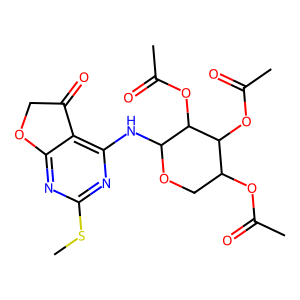
SMILES: CSc1nc(NC2OCC(OC(C)=O)C(OC(C)=O)C2OC(C)=O)c2c(n1)OCC2=O
Inhibits HIV replication: No